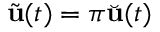
\tilde { \mathbf { u } } ( t ) = \pi \Breve { \mathbf { u } } ( t )